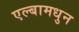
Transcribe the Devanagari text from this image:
एल्बामधुन